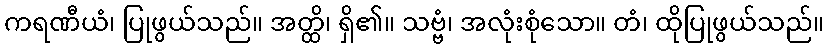
ကရဏီယံ၊ ပြုဖွယ်သည်။ အတ္ထိ၊ ရှိ၏။ သဗ္ဗံ၊ အလုံးစုံသော။ တံ၊ ထိုပြုဖွယ်သည်။